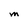
Character: M